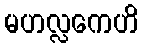
မဟလ္လကေဟိ